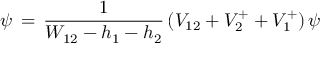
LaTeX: \, \psi \, = \, { \frac { 1 } { W _ { 1 2 } - h _ { 1 } - h _ { 2 } } } \, ( V _ { 1 2 } + V _ { 2 } ^ { + } + V _ { 1 } ^ { + } ) \, \psi